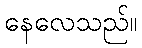
နေလေသည်။